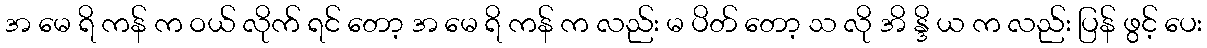
အ မေ ရိ ကန် က ဝယ် လိုက် ရင် တော့ အ မေ ရိ ကန် က လည်း မ ပိတ် တော့ သ လို အိ န္ဒိ ယ က လည်း ပြန် ဖွင့် ပေး